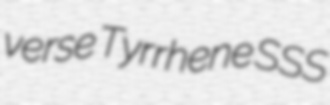
verse Tyrrhene SSS